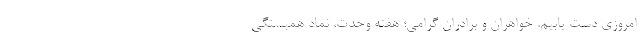
امروزی دست یابیم. خواهران و برادران گرامی؛ هفته وحدت، نماد همبستگی